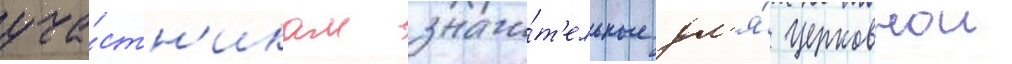
уча́стн'икам значи́т'ельные дл'я́ церковнои